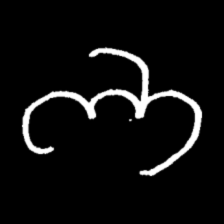
Pyu character \u2014 Myanmar letter: ဘ (romanized: bha)